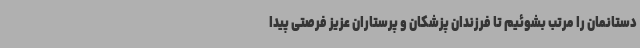
دستانمان را مرتب بشوئیم تا فرزندان پزشکان و پرستاران عزیز فرصتی پیدا